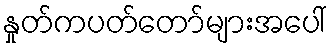
နှုတ်ကပတ်တော်များအပေါ်